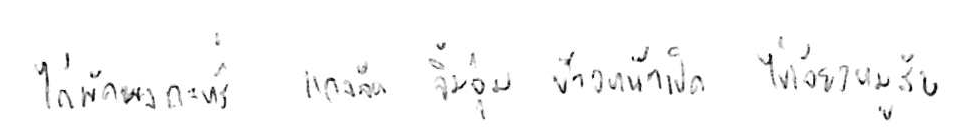
ไก่ผัดผงกะหรี่ แกงจืด จิ้มจุ่ม ข้าวหน้าเป็ด ไข่เจียวหมูสับ